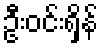
ဦးဝင်းရှိန်